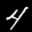
Label: 4